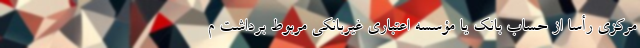
مرکزی رأساً از حساب بانک یا مؤسسه اعتباری غیربانکی مربوط برداشت م